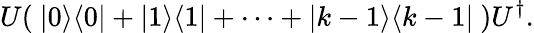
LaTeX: U(\ |0\rangle\langle 0|+|1\rangle\langle 1|+\cdots+|k-1\rangle\langle k-1|\ )U^{\dagger}.